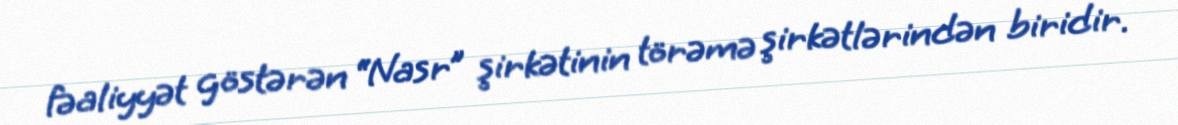
fəaliyyət göstərən “Nasr” şirkətinin törəmə şirkətlərindən biridir.